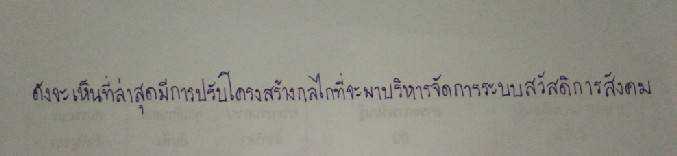
ดังจะเห็นที่ล่าสุดมีการปรับโครงสร้างกลไกที่จะมาบริหารจัดการระบบสวัสดิการสังคม